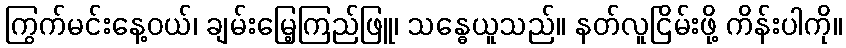
ကြွက်မင်းနေ့ဝယ်၊ ချမ်းမြေ့ကြည်ဖြူ၊ သန္ဓေယူသည်။ နတ်လူငြိမ်းဖို့ ကိန်းပါကို။